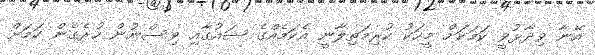
އޭނާ ވިދާޅުވީ ކަމަކަށް މީހަކު ކުރިމަތިލާނީ އެކަމެއްގެ ޝައުގާއި ވިސްނުން ހުރެގެން ކަމަށް